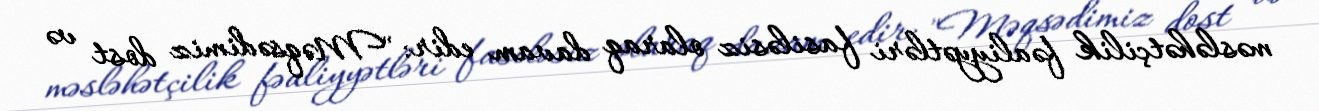
məsləhətçilik fəaliyyətləri fasiləsiz olaraq davam edir: "Məqsədimiz dost və